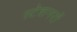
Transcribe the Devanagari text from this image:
स्टेशनरों